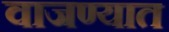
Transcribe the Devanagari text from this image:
वाजण्यात